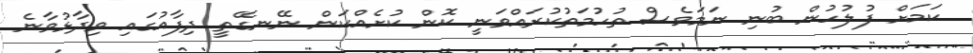
ކަމަށް ފުލުހުން ބުނި ނަމަވެސް ތުހުމަތުކުރައްވަނީ ކޮން ކުށެއްކަން ނޭނގޭތީ ދިފާއުގައި ވިދާޅުވާނެ